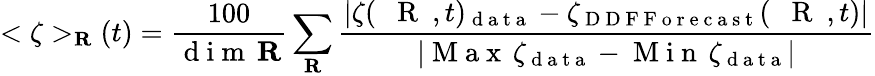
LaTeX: <\zeta>_{{\mathbf R}}(t)=\frac{100}{\mathrm{~d~i~m~}\, {\mathbf R}}\sum_{{\mathbf R}}\frac{|\zeta(\mathrm{~{~\mathbf~R~}~},t)_{\mathrm{~d~a~t~a~}}-{\zeta}_{\mathrm{~D~D~F~F~o~r~e~c~a~s~t~}}(\mathrm{~{~\mathbf~R~}~},t)|}{|\mathrm{~M~a~x~}\, \zeta_{\mathrm{~d~a~t~a~}}-\mathrm{~M~i~n~}\, \zeta_{\mathrm{~d~a~t~a~}}|}